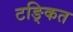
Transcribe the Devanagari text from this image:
टङ्कित